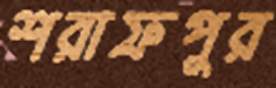
শরাফপুর